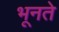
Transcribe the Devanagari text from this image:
भूनते